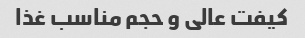
کیفت عالی و حجم مناسب غذا